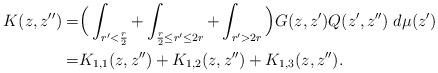
LaTeX: \begin{align*}K(z,z'')=&\Big(\int_{r'<\frac{r}{2}}+\int_{\frac{r}{2}\leq r'\leq2r}+\int_{r'>2r}\Big)G(z,z')Q(z',z'')\;d\mu(z')\\=&K_{1,1}(z,z'')+K_{1,2}(z,z'')+K_{1,3}(z,z'').\end{align*}